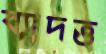
ব্যাদত্ত